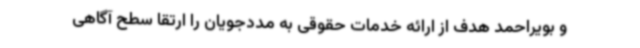
و بویراحمد هدف از ارائه خدمات حقوقی به مددجویان را ارتقا سطح آگاهی